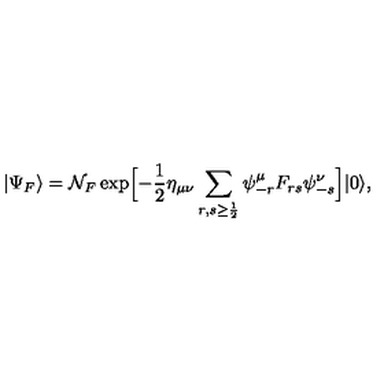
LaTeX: | \Psi _ { F } \rangle = { \cal N } _ { F } \exp \Bigl [ - { \frac { 1 } { 2 } } \eta _ { \mu \nu } \sum _ { r , s \ge { \frac { 1 } { 2 } } } \psi _ { - r } ^ { \mu } F _ { r s } \psi _ { - s } ^ { \nu } \Bigr ] | 0 \rangle ,